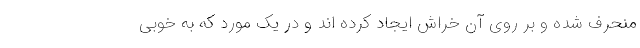
منحرف شده و بر روی آن خراش ایجاد کرده اند و در یک مورد که به خوبی